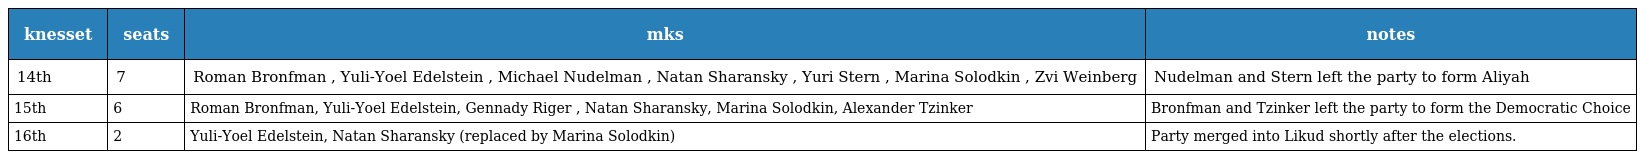
| knesset | seats | mks | notes |
 | --- | --- | --- | --- |
 | 14th | 7 | Roman Bronfman , Yuli-Yoel Edelstein , Michael Nudelman , Natan Sharansky , Yuri Stern , Marina Solodkin , Zvi Weinberg | Nudelman and Stern left the party to form Aliyah |
 | 15th | 6 | Roman Bronfman, Yuli-Yoel Edelstein, Gennady Riger , Natan Sharansky, Marina Solodkin, Alexander Tzinker | Bronfman and Tzinker left the party to form the Democratic Choice |
 | 16th | 2 | Yuli-Yoel Edelstein, Natan Sharansky (replaced by Marina Solodkin) | Party merged into Likud shortly after the elections. |